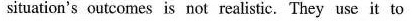
situation's outcomes is not realistic, They use it to